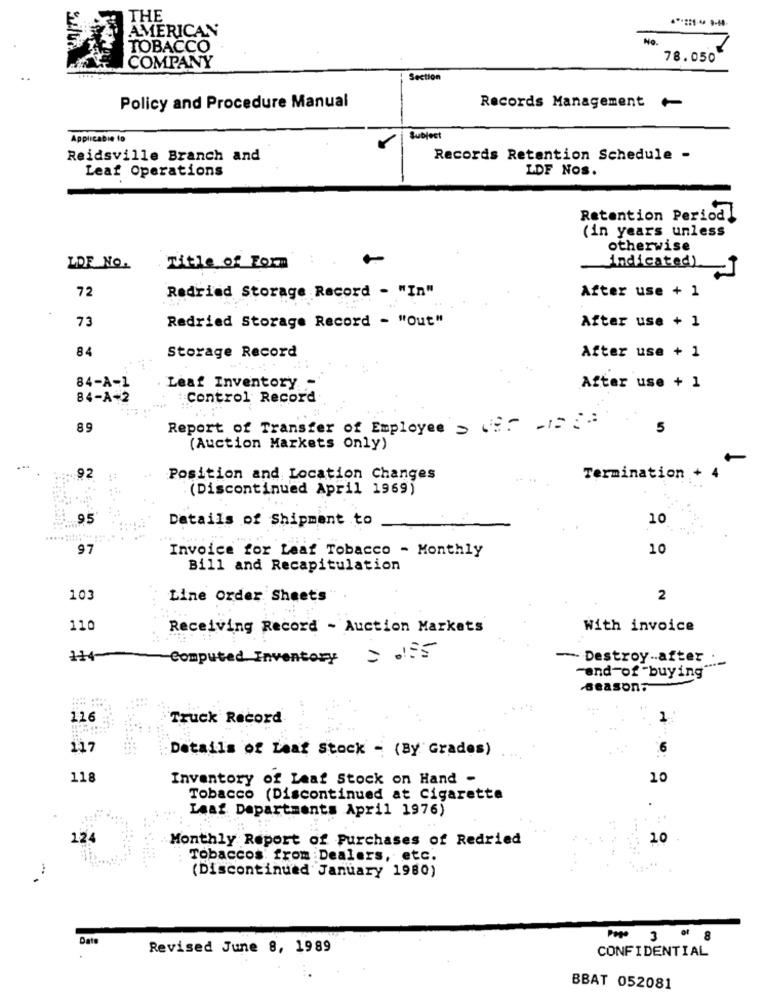
THE
AMERICAN
No.
TOBACCO
COMPANY
78.050
Section
Policy and Procedure Manual
Records Management +
Applicable to
Subject
Reidsville Branch and
Records Retention Schedule -
Leaf Operations
LDF Nos.
Retention Period
(in years unless
otherwise
LOF NO.
Title of Form
indicated) J
72
After use + 1
Redried Storage Record - "In"
73
Redried Storage Record - "Out"
After use + 1
84
Storage Record
After use + 1
84-A-1
Leaf Inventory
After use + 1
84-A+2
Control Record
89
Report of Transfer of Employee > = - 12 :
5
(Auction Markets Only)
92
Position and Location Changes
Termination +
(Discontinued April 1969)
.95
Datails of Shipment to
10
97
Invoice for Leaf Tobacco - Monthly
10
Bill and Recapitulation
103
Line Order Sheets
2
110
Receiving Record - Auction Markets
With invoice
114-
Computed Inventory
- Destroy .. after
"end-of "buying"
-seasons
116
Truck Record
1
117
Details of Leaf Stock - (By Grades)
118
Inventory of Leaf Stock on Hand -
10
Tobacco (Discontinued at Cigarette
Leaf Departments April 1976)
124
Monthly Report of Purchases of Redried
10
Tobaccos from Dealers, etc.
(Discontinued January 1980)
Date
Pogo 3
Revised June 8, 1989
CONFIDENTIAL
BBAT 052081